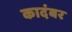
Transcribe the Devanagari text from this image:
कादंबर